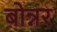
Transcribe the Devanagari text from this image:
बोन्नर